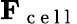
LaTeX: \mathbf{F}_{\mathrm{~c~e~l~l~}}